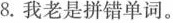
8.我老是拼错单词。